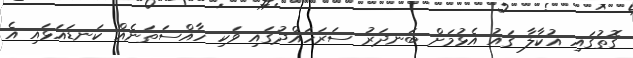
ގޮތުގައި އުކާލާ ގައު އެޅުމަށް ބަނދަރު ސަރަހައްދުގައި ވަކި ހާއްސަތަނެއް ކަނޑައަޅައި އެ